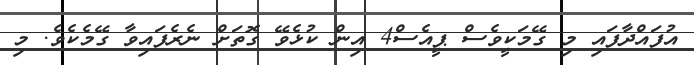
އުފައްދާފައި މި ގޭމަކީވެސް ޕީއެސް4 އިން ކުޅެވޭ ގޮތަށް ނެރެފައިވާ ގޭމެކެވެ. މި